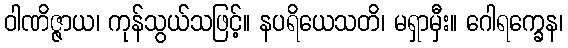
ဝါဏိဇ္ဇာယ၊ ကုန်သွယ်သဖြင့်။ နပရိယေသတိ၊ မရှာမှီး။ ဂေါရက္ခေန၊